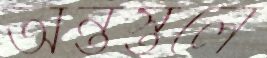
অন্তস্তলে